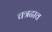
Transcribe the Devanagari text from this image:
चत्रढाव